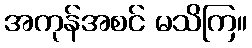
အကုန်အစင် မသိကြ။